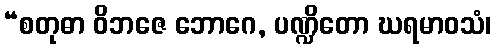
“စတုဓာ ဝိဘဇေ ဘောဂေ, ပဏ္ဍိတော ဃရမာဝသံ၊